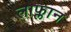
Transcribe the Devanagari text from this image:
लाफ्लान